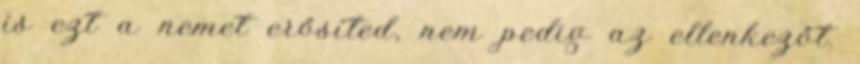
is ezt a nemet erősíted, nem pedig az ellenkezőt.